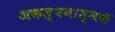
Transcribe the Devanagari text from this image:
अकल्पनात्मक